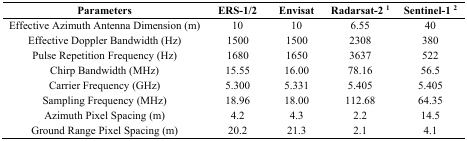
| Parameters | ERS-1/2 | Envisat | Radarsat-2 1 | Sentinel-1 2 |
 | --- | --- | --- | --- | --- |
 | Effective Azimuth Antenna Dimension (m) | 10 | 10 | 6.55 | 40 |
 | Effective Doppler Bandwidth (Hz) | 1500 | 1500 | 2308 | 380 |
 | Pulse Repetition Frequency (Hz) | 1680 | 1650 | 3637 | 522 |
 | Chirp Bandwidth (MHz) | 15.55 | 16.00 | 78.16 | 56.5 |
 | Carrier Frequency (GHz) | 5.300 | 5.331 | 5.405 | 5.405 |
 | Sampling Frequency (MHz) | 18.96 | 18.00 | 112.68 | 64.35 |
 | Azimuth Pixel Spacing (m) | 4.2 | 4.3 | 2.2 | 14.5 |
 | Ground Range Pixel Spacing (m) | 20.2 | 21.3 | 2.1 | 4.1 |